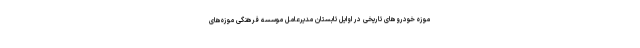
موزه خودروهای تاریخی در اوایل تابستان مدیرعامل موسسه فرهنگی موزه‌های